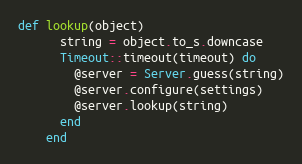
Language: Ruby
def lookup(object)
      string = object.to_s.downcase
      Timeout::timeout(timeout) do
        @server = Server.guess(string)
        @server.configure(settings)
        @server.lookup(string)
      end
    end